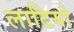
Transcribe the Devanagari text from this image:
लाटियो